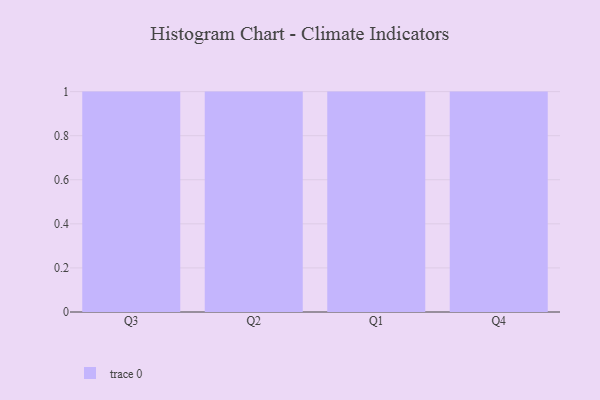
{"axis": {"x": "Quarter", "y": "Customer Acquisition Cost (USD)"}, "legend": [""], "data": [{"x": "Q3", "y": 30, "type": ""}, {"x": "Q2", "y": 61, "type": ""}, {"x": "Q1", "y": 15, "type": ""}, {"x": "Q4", "y": 35, "type": ""}]}